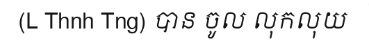
(L Thnh Tng) បាន ចូល លុកលុយ